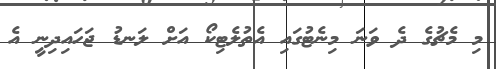
މި މެޗުގެ ދެ ވަނަ މިނެޓުގައި އެތުލެޓިކޯ އަށް ލަނޑު ޖަހައިދިނީ އެ